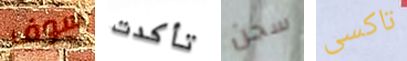
سوف تأكدت سجن تاكسى